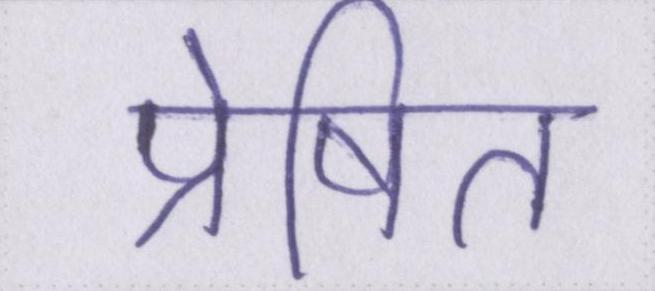
प्रेषित